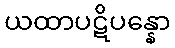
ယထာပဋိပန္နော